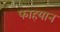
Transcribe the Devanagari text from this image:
फाहयान